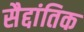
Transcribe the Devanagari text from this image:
सैद्दांतिक